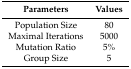
| Parameters | Values |
 | --- | --- |
 | Population Size | 80 |
 | Maximal Iterations | 5000 |
 | Mutation Ratio | 5% |
 | Group Size | 5 |